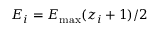
E _ { i } = E _ { \mathrm { m a x } } ( z _ { i } + 1 ) / 2